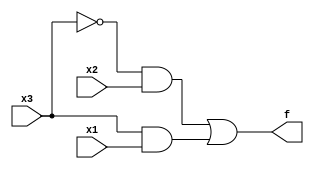
/*
* Boolean expression
* Sum of products of the truth table
* f = x3'x2x1' + x3'x2x1 + x3x2'x1 + x3x2x1
*   = x3'x2 + x3x1
*
*   in verilog
*   = ((~x3) & x2) | (x3 & x1)
*/
module top_module(
  input x3,
  input x2,
  input x1,
  output f
);

assign f = ((~x3)&x2)|(x3&x1);

endmodule